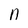
Character: n